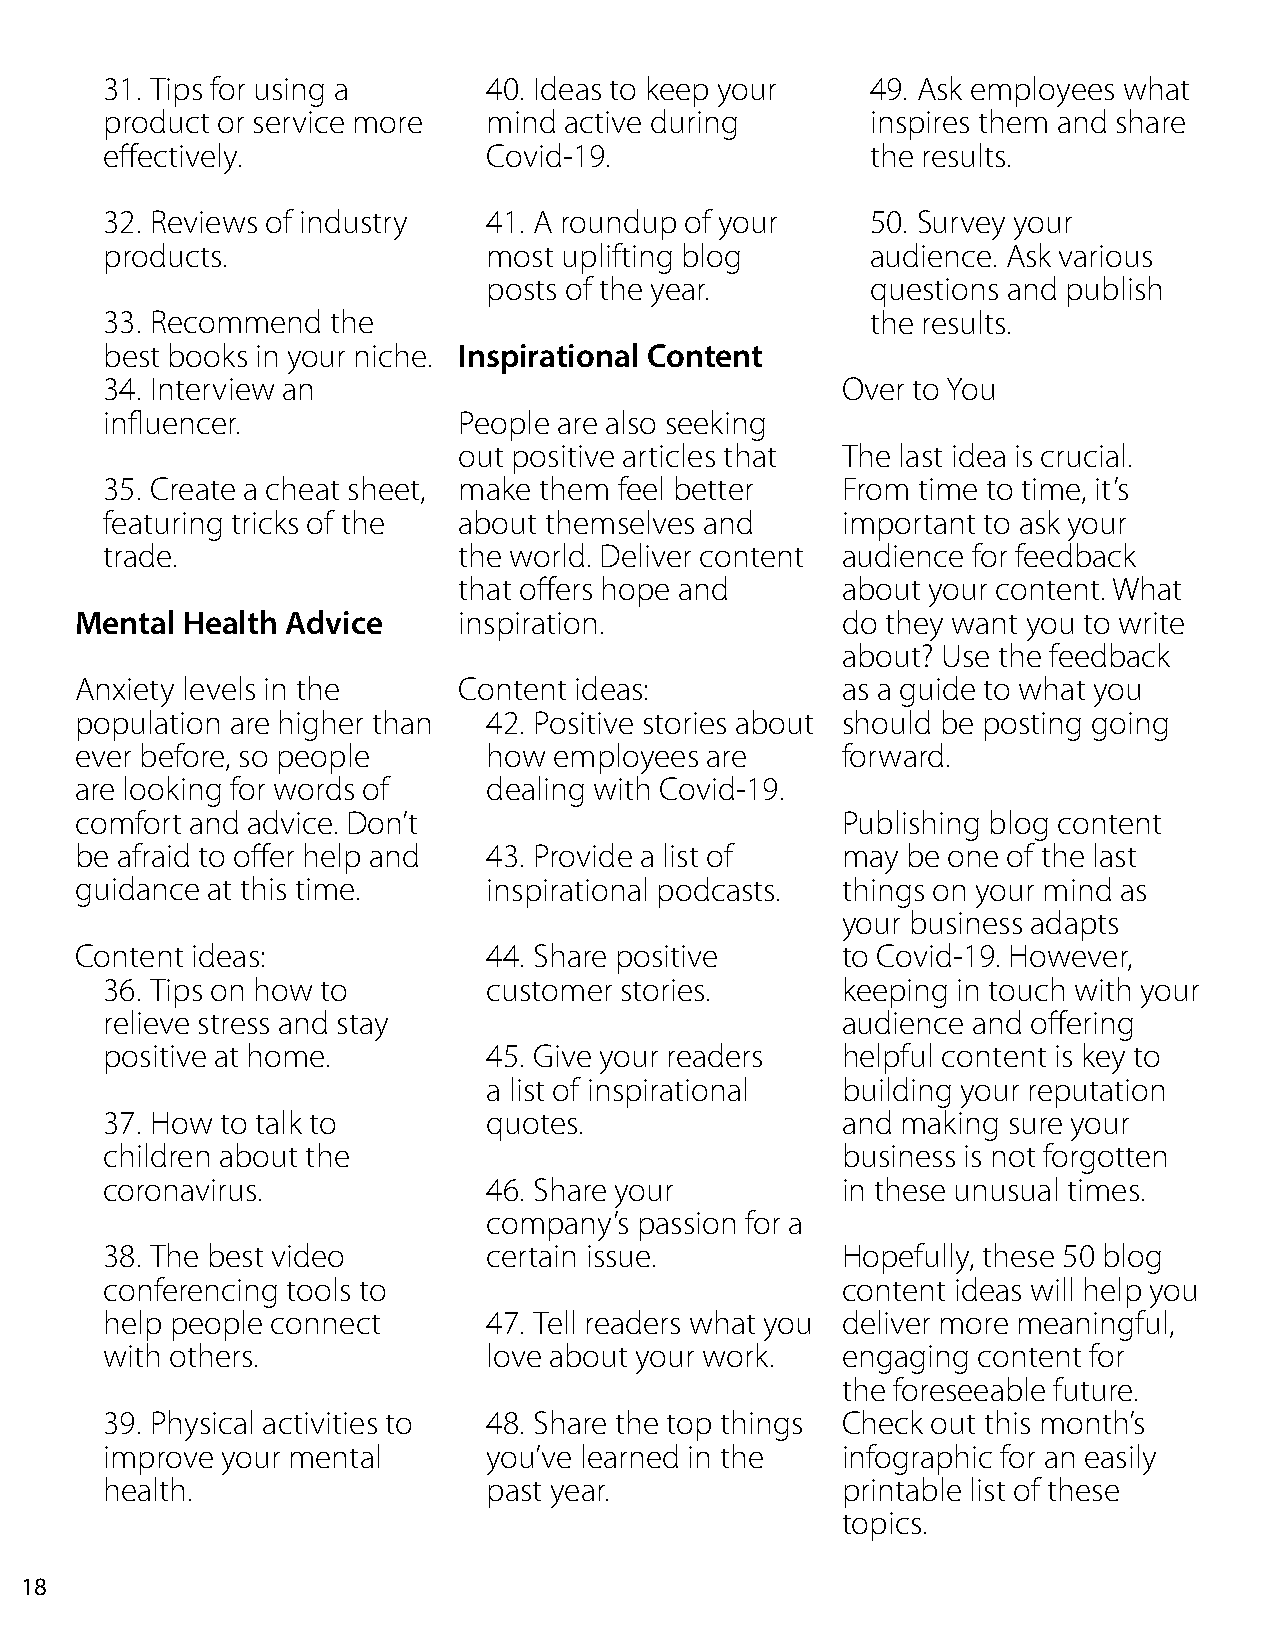
31. Tips for using a     40. Ideas to keep your    49. Ask employees what
 product or service more  mind active during        inspires them and share
 effectively.             Covid-19.                 the results.
 32. Reviews of industry  41. A roundup of your     50. Survey your
 products.                most uplifting blog       audience. Ask various
 posts of the year.        questions and publish
 33. Recommend  the                                 the results.
 best books in your niche. Inspirational Content
 34. Interview an                                 Over to You
 influencer.            People are also seeking
 out positive articles that The last idea is crucial.
 35. Create a cheat sheet, make them feel better  From time to time, it’s
 featuring tricks of the about themselves and     important to ask your
 trade.                 the world. Deliver content audience for feedback
 that offers hope and      about your content. What
 Mental Health Advice     inspiration.              do they want you to write
 about? Use the feedback
 Anxiety levels in the    Content ideas:            as a guide to what you
 population are higher than 42. Positive stories about should be posting going
 ever before, so people     how  employees are      forward.
 are looking for words of   dealing with Covid-19.
 comfort and advice. Don’t                          Publishing blog content
 be afraid to offer help and 43. Provide a list of  may be one of the last
 guidance at this time.     inspirational podcasts. things on your mind as
 your business adapts
 Content ideas:             44. Share positive      to Covid-19. However,
 36. Tips on how to       customer stories.       keeping in touch with your
 relieve stress and stay                          audience and offering
 positive at home.        45. Give your readers   helpful content is key to
 a list of inspirational building your reputation
 37. How to talk to       quotes.                 and making sure your
 children about the                               business is not forgotten
 coronavirus.             46. Share your          in these unusual times.
 company’s passion for a
 38. The best video       certain issue.          Hopefully, these 50 blog
 conferencing tools to                            content ideas will help you
 help people connect      47. Tell readers what you deliver more meaningful,
 with others.             love about your work.   engaging content for
 the foreseeable future.
 39. Physical activities to 48. Share the top things Check out this month’s
 improve your mental      you’ve learned in the   infographic for an easily
 health.                  past year.              printable list of these
 topics.
 18